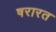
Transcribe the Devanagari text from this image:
षरारत